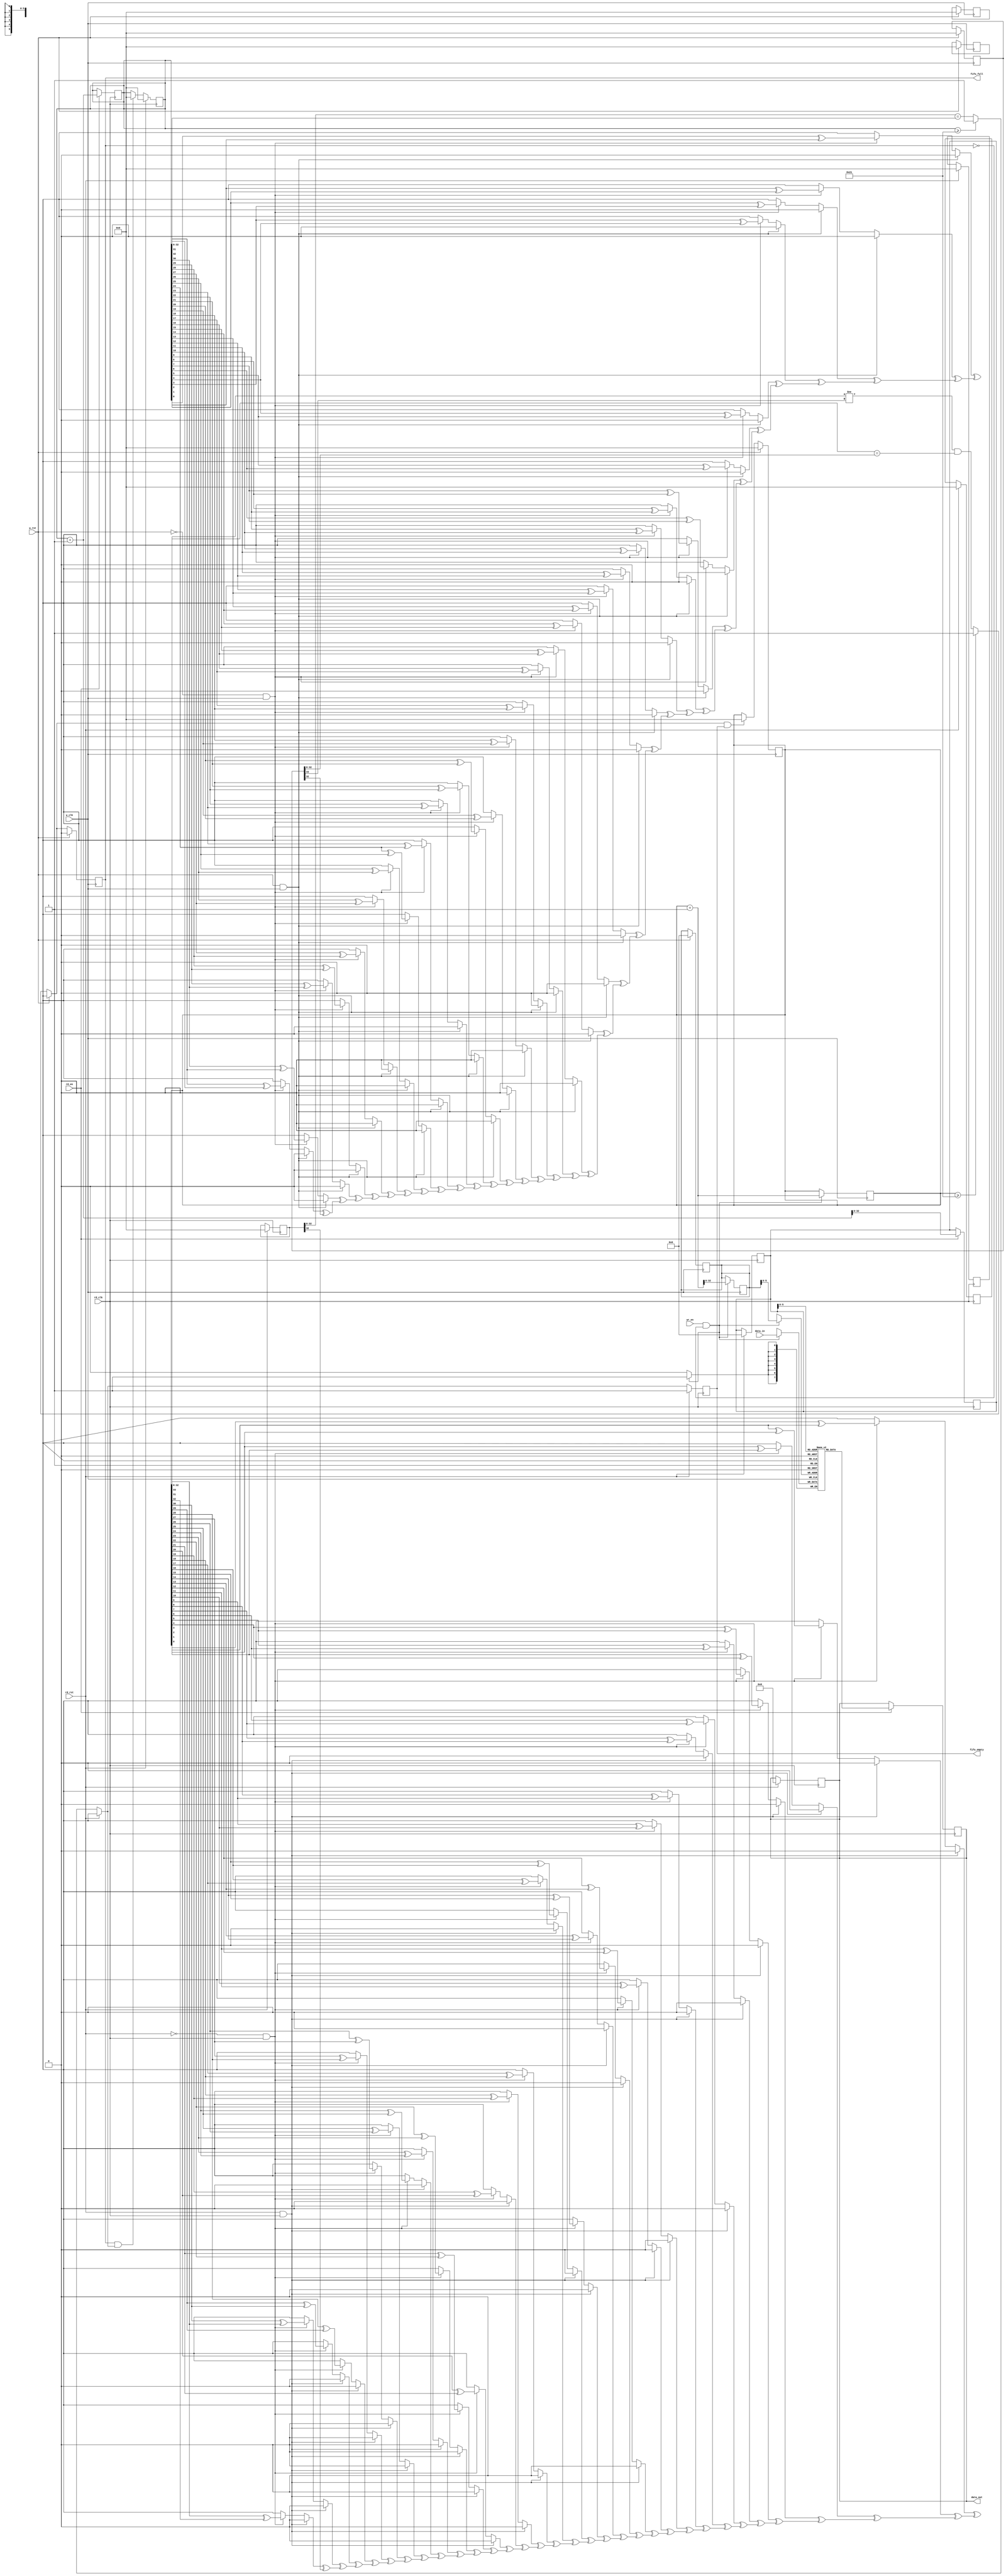
`timescale 1ns / 1ps


module minor2(wr_en,rd_en,w_clk,w_rst,data_in,data_out,fifo_full,
              fifo_empty,rd_clk,rd_rst
    );
    parameter d_width=8;
    parameter address=33;
    input wr_en,rd_en,w_clk,w_rst,rd_clk,rd_rst;
  
    input [d_width-1:0]data_in;
    output reg [d_width-1:0]data_out;
    output reg fifo_full,fifo_empty;
    reg [address:0]wr_ptr;
    reg [address:0]rd_ptr;
    reg [address:0]wq_ptr;
    reg [address:0]rdq_ptr;
    reg [address:0]w_m;
    reg [address:0]r_m;
    reg [address:0]w_m1;
    reg [address:0]r_m1;
    reg [address-1:0]w_addr;
    reg [address-1:0]rd_addr;
    reg [d_width-1:0]fifo[0:address-1];
    reg w_en2;
    ////////////////////write circuitry with full
    always @(posedge w_clk)
        begin
            if(w_rst)
            begin
                wr_ptr<=7'b0;fifo_full=0;w_m=7'b0;r_m1=7'b0;w_addr=0;wq_ptr=7'b0;
                end
            else
            begin
                fifo_full=(wr_ptr[address] !=wq_ptr[address] )&(wr_ptr[address-1:0]==wq_ptr[address-1:0]);
                if(wr_ptr >=address)
                begin
                fifo_full=1;
                end
                if(fifo_full==1 &&fifo_empty==1) wr_ptr=0;
                 
            end
    end
   ///////////////read circuitry with empty 
    always@(posedge rd_clk)
    begin
        if(rd_rst)
        begin
            rd_ptr=0;fifo_empty=1;w_m1=7'b0;r_m=7'b0;rd_addr=7'b0;rdq_ptr=7'b0;data_out=0;
            end
        else
            begin
                fifo_empty=(rdq_ptr[address-1:0]==rd_ptr[address-1:0]);
                if(rd_ptr>=address) begin
                fifo_empty=1;
                end
                        if(fifo_full==1 &&fifo_empty==1) rd_ptr=0;
    end
    
    end
    ///////////fifo memmory
//    initial fifo[7:0][5:0]=7'b0;
    always@(posedge w_clk)
    begin
    w_en2= wr_en&(~fifo_full);
    if(w_en2==1'b1)
    begin
        fifo[w_addr]<=data_in;
        wr_ptr=wr_ptr+1;
        w_addr=wr_ptr[address-1:0];
        
        end
    
    end
always@(posedge rd_clk)
begin
    if(rd_en==1'b1)
    begin
    data_out<=fifo[rd_addr];
    rd_ptr=rd_ptr+1;
    rd_addr=rd_ptr[address-1:0];
    end
    
    end
//binary to gray conversion at write circuitry
    integer i;
always@(wr_ptr)
begin
w_m[address-1]=wr_ptr[address-1];
for(i=address-2;i>=0;i=i-1)
begin
w_m[i]=wr_ptr[i]^wr_ptr[i+1];
end

end
//sync circuit
reg [address-1:0]w1;
initial w1=0; /////////////sync a4(w_m,w_m1,rd_clk,rd_rst);
integer j;
always@(w_m)
begin

for(j=0;j<address-1;j=j+1)
begin

dflipflop(w_m[j],rd_clk,rd_rst,w1[j]);

dflipflop(w1[j],rd_clk,rd_rst,w_m1[j]);
end
end

//gray to binary for write_ptr at read circuitry
always@(w_m1) //g2b a5(rdq_ptr,w_m1);
begin
rdq_ptr[address-1]=w_m1[address-1];
for(i=address-2;i>=0;i=i-1)
begin
rdq_ptr[i]=w_m1[i]^rdq_ptr[i+1];
end
end
//binary to gray at red circuitry

always@(rd_ptr)
begin
r_m[address-1]=rd_ptr[address-1];
for(i=address-2;i>=0;i=i-1)
begin
r_m[i]=rd_ptr[i]^rd_ptr[i+1];
end
end
//sync circuit

reg [address-1:0]w2; 
initial w2=0;  //////////sync a7(r_m,r_m1,w_clk,w_rst);
integer k;
always @(r_m)
begin
for(k=0;k<address-1;k=k+1)
begin
dflipflop(r_m[k],w_clk,w_rst,w2[k]);
dflipflop(w2[k],w_clk,w_rst,r_m1[k]);
end
end

//gray to binary for read_ptr at write circuitry
   
always@(r_m1)               //g2b a8(wq_ptr,r_m1);
begin
wq_ptr[address-1]=r_m1[address-1];
for(i=address-2;i>=0;i=i-1)
begin
wq_ptr[i]=r_m1[i]^wq_ptr[i+1];
end
end
   

task dflipflop(
input d,clk,rst,
output reg y);

if(rst && clk)
    y=0;
else if((~rst) &&clk)
begin
    y=d;
end

endtask
endmodule